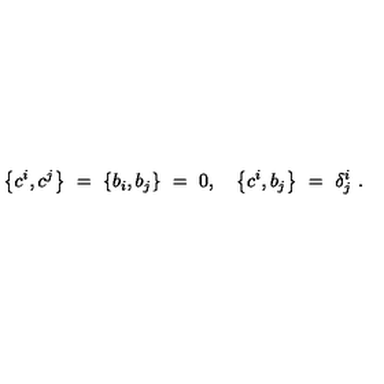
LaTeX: \left\{ c ^ { i } , c ^ { j } \right\} \ = \ \left\{ b _ { i } , b _ { j } \right\} \ = \ 0 , \quad \left\{ c ^ { i } , b _ { j } \right\} \ = \ \delta _ { j } ^ { i } \ .